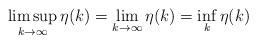
LaTeX: \begin{align*}\limsup_{k\to\infty}\eta(k)=\lim_{k\to\infty}\eta(k)=\inf_k\eta(k)\end{align*}